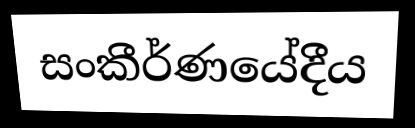
සංකීර්ණයේදීය